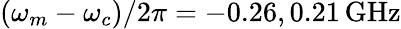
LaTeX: (\omega_{m}-\omega_{c})/2\pi=-0.26,0.21\, \textrm{GHz}